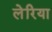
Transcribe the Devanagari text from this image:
लेरिया